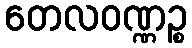
တေလဝဏ္ဏဉ္စ